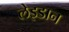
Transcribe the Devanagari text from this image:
लेइडान